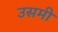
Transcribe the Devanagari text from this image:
उसमी